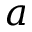
a